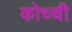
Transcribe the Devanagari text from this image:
कोच्‍ची